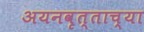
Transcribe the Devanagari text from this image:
अयनवृत्ताच्या